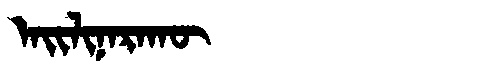
Manchu: ᠠᡳᠯᡳᠨᠠᡵᠠᡴᡡ
Romanization: AILINARAKŪ